Scottish Certificate of Education, 1963
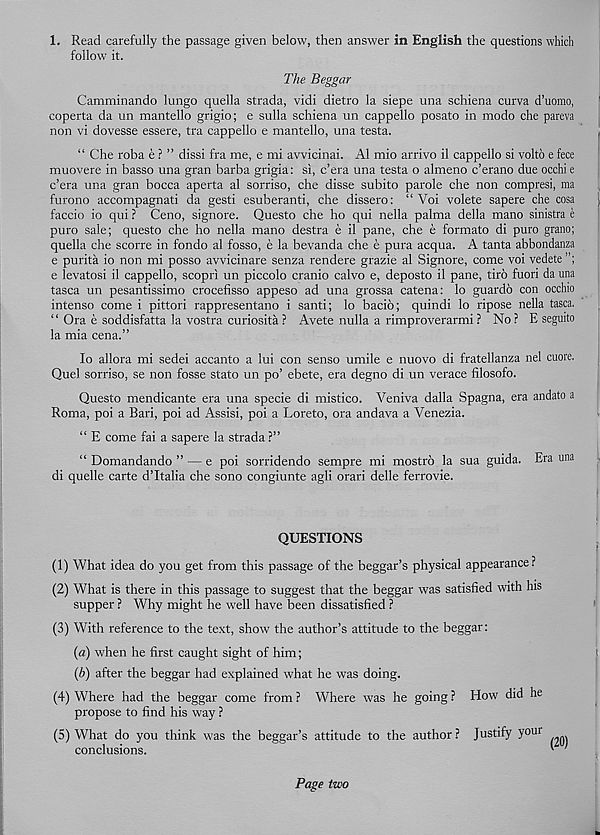
1. Read carefully the passage given below, then answer in English the questions which
follow it.
The Beggar
Camminando lungo quella strada, vidi dietro la siepe una schiena curva d’uomo,
coperta da un mantello grigio; e sulla schiena un cappello posato in modo che pareva
non vi dovesse essere, tra cappello e mantello, una testa.
“ Che roba e ? ” dissi fra me, e mi avvicinai. A1 mio arrive il cappello si volto e fece
muovere in basso una gran barba grigia: si, e’era una testa o almeno e’erano due occhi e
e’era una gran bocca aperta al sorriso, che disse subito parole che non compresi, ma
furono accompagnati da gesti esuberanti, che dissero: “ Voi volete sapere che cosa
faccio io qui ? Ceno, signore. Questo che ho qui nella palma della mano sinistra e
puro sale; questo che ho nella mano destra e il pane, che e formato di puro grano;
quella che scorre in fondo al fosso, e la bevanda che e pura acqua. A tanta abbondanza
e purita io non mi posso avvicinare senza rendere grazie al Signore, come voi vedete”;
e levatosi il cappello, scopri un piccolo cranio calvo e, deposto il pane, tiro fuori da una
tasca un pesantissimo crocefisso appeso ad una grossa catena: lo guardo con occhio
intense come i pittori rappresentano i santi; lo bacio; quindi lo ripose nella tasca.
“ Ora e soddisfatta la vostra curiosita ? Avete nulla a rimproverarmi ? No ? E seguito
la mia cena.”
lo allora mi sedei accanto a lui con sense umile e nuovo di fratellanza nel cuore.
Quel sorriso, se non fosse stato un po’ ebete, era degno di un verace filosofo.
Questo mendicante era una specie di mistico. Veniva dalla Spagna, era andato a
Roma, poi a Bari, poi ad Assisi, poi a Loreto, ora andava a Venezia.
“ E come fai a sapere la strada ?”
“ Domandando ” — e poi sorridendo sempre mi mostro la sua guida. Era una
di quelle carte d’ltalia che sono congiunte agli orari delle ferrovie.
QUESTIONS
(1) What idea do you get from this passage of the beggar’s physical appearance?
(2) What is there in this passage to suggest that the beggar was satisfied with his
supper ? Why might he well have been dissatisfied ?
(3) With reference to the text, show the author’s attitude to the beggar:
(a) when he first caught sight of him;
{b) after the beggar had explained what he was doing.
(4) Where had the beggar come from ? Where was he going ? How did he
propose to find his way ?
(5) What do you think was the beggar’s attitude to the author ? Justify your
conclusions.
'
Page two